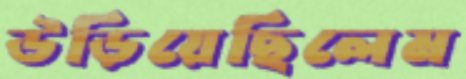
উড়িয়েছিলেম